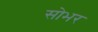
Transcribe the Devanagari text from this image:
सोभर